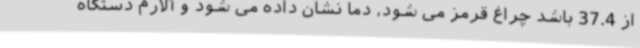
از 37.4 باشد چراغ قرمز می شود، دما نشان داده می شود و آلارم دستگاه